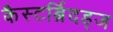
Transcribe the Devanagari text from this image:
कैस्टर्ब्रिदड्ज